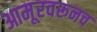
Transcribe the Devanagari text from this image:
आमूरवरूनच